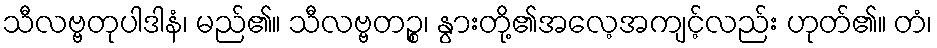
သီလဗ္ဗတုပါဒါနံ၊ မည်၏။ သီလဗ္ဗတဉ္စ၊ နွားတို့၏အလေ့အကျင့်လည်း ဟုတ်၏။ တံ၊